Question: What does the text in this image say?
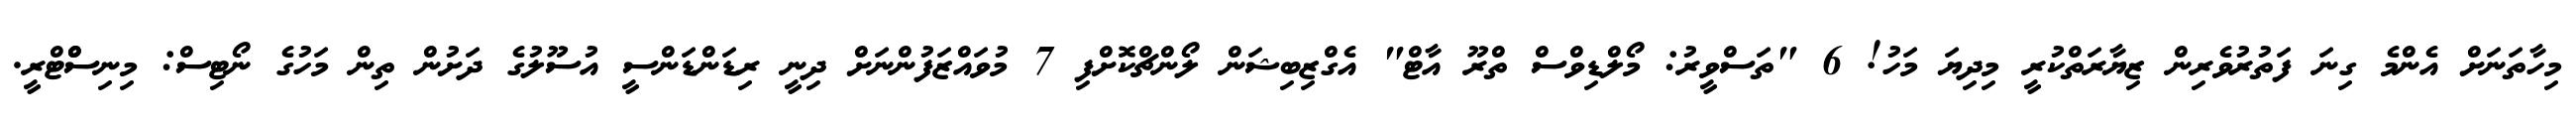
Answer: މިހާތަނަށް އެންމެ ގިނަ ފަތުރުވެރިން ޒިޔާރަތްކުރީ މިދިޔަ މަހު! 6 "ތަސްވީރު: މޯލްޑިވްސް ތްރޫ އާޓް" އެގްޒިބިޝަން ލޯންޗްކޮށްފި 7 މުވައްޒަފުންނަށް ދިނީ ރިޑަންޑަންސީ އުސޫލުގެ ދަށުން ތިން މަހުގެ ނޯޓިސް: މިނިސްްޓްރީ.